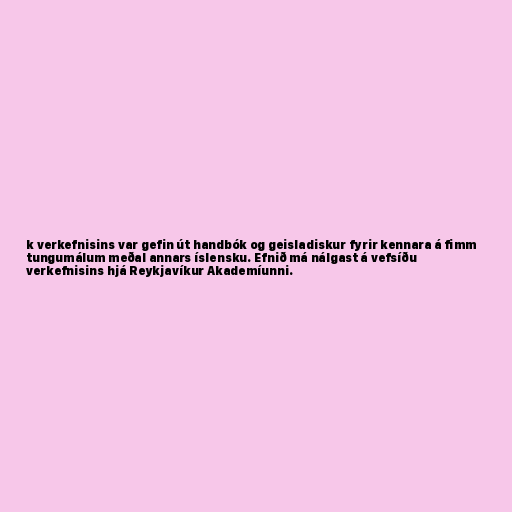
k verkefnisins var gefin út handbók og geisladiskur fyrir kennara á fimm
tungumálum meðal annars íslensku. Efnið má nálgast á vefsíðu
verkefnisins hjá Reykjavíkur Akademíunni.